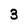
Character: 3